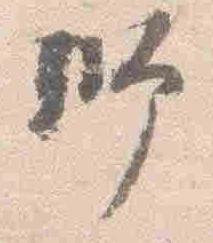
師